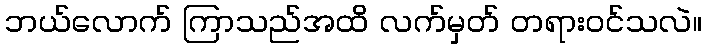
ဘယ်လောက် ကြာသည်အထိ လက်မှတ် တရားဝင်သလဲ။